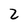
Character: 2